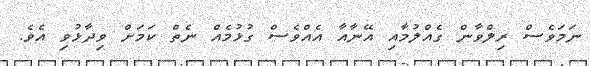
ނަމަވެސް ރިލްވާން ގެއްލުމާއި އޭނާއާ އެއްވެސް ގުޅުމެއް ނެތް ކަމަށް ވިދާޅުވި އެވެ.